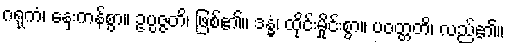
ဂရုကံ၊ နှေးကန်စွာ။ ဥပ္ပဇ္ဇတိ၊ ဖြစ်၏။ ဒန္ဓံ၊ ထိုင်းမှိုင်းစွာ။ ပဝတ္တတိ၊ လည်၏။